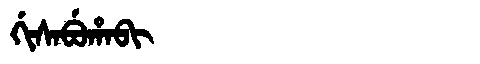
Manchu: ᡤᡳᠰᠠᠪᡠᡥᠠᠪᡳ
Romanization: GISABUHABI